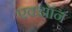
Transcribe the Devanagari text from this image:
एक्झॉन